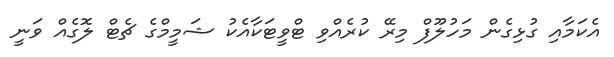
އެކަމާއި ގުޅިގެން މަހުލޫފް މިރޭ ކުރެއްވި ޓްވީޓަކާއެކު ޝަމީމްގެ ޗެޓް ލޮގެއް ވަނީ